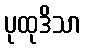
ပုထုဒိသာ